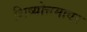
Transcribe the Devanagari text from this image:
शिष्योत्तमावर